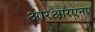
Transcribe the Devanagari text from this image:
आरआरएनए